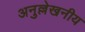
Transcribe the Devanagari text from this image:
अनुल्लेखनीय